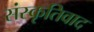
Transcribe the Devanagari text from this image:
संस्कृतिवाद